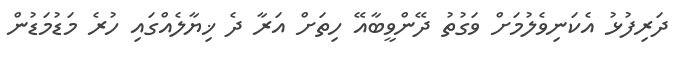
ދަރިފުޅު އެކަނިވެލުމަށް ވަގުތު ދޭންވީބާއޭ ހިތަށް އަރާ ދެ ޚިޔާލެއްގައި ހުރެ މަޑުމަޑުން